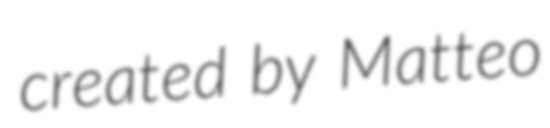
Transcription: created by Matteo